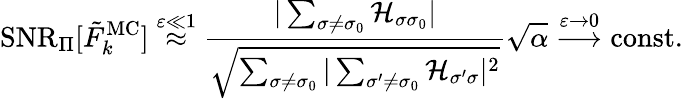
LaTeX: \mathrm{SNR}_{\Pi}[\tilde{F}_{k}^{\mathrm{MC}}]\stackrel{\varepsilon\ll 1}{\approx}\frac{|\sum_{\sigma\neq\sigma_{0}}\mathcal{H}_{\sigma\sigma_{0}}|}{\sqrt{\sum_{\sigma\neq\sigma_{0}}|\sum_{\sigma^{\prime}\neq\sigma_{0}}\mathcal{H}_{\sigma^{\prime}\sigma}|^{2}}}\sqrt{\alpha}\stackrel{\varepsilon\rightarrow 0}{\longrightarrow}\mathrm{const.}